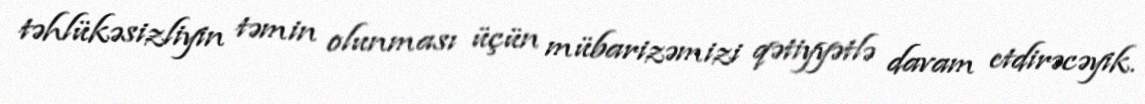
təhlükəsizliyin təmin olunması üçün mübarizəmizi qətiyyətlə davam etdirəcəyik.